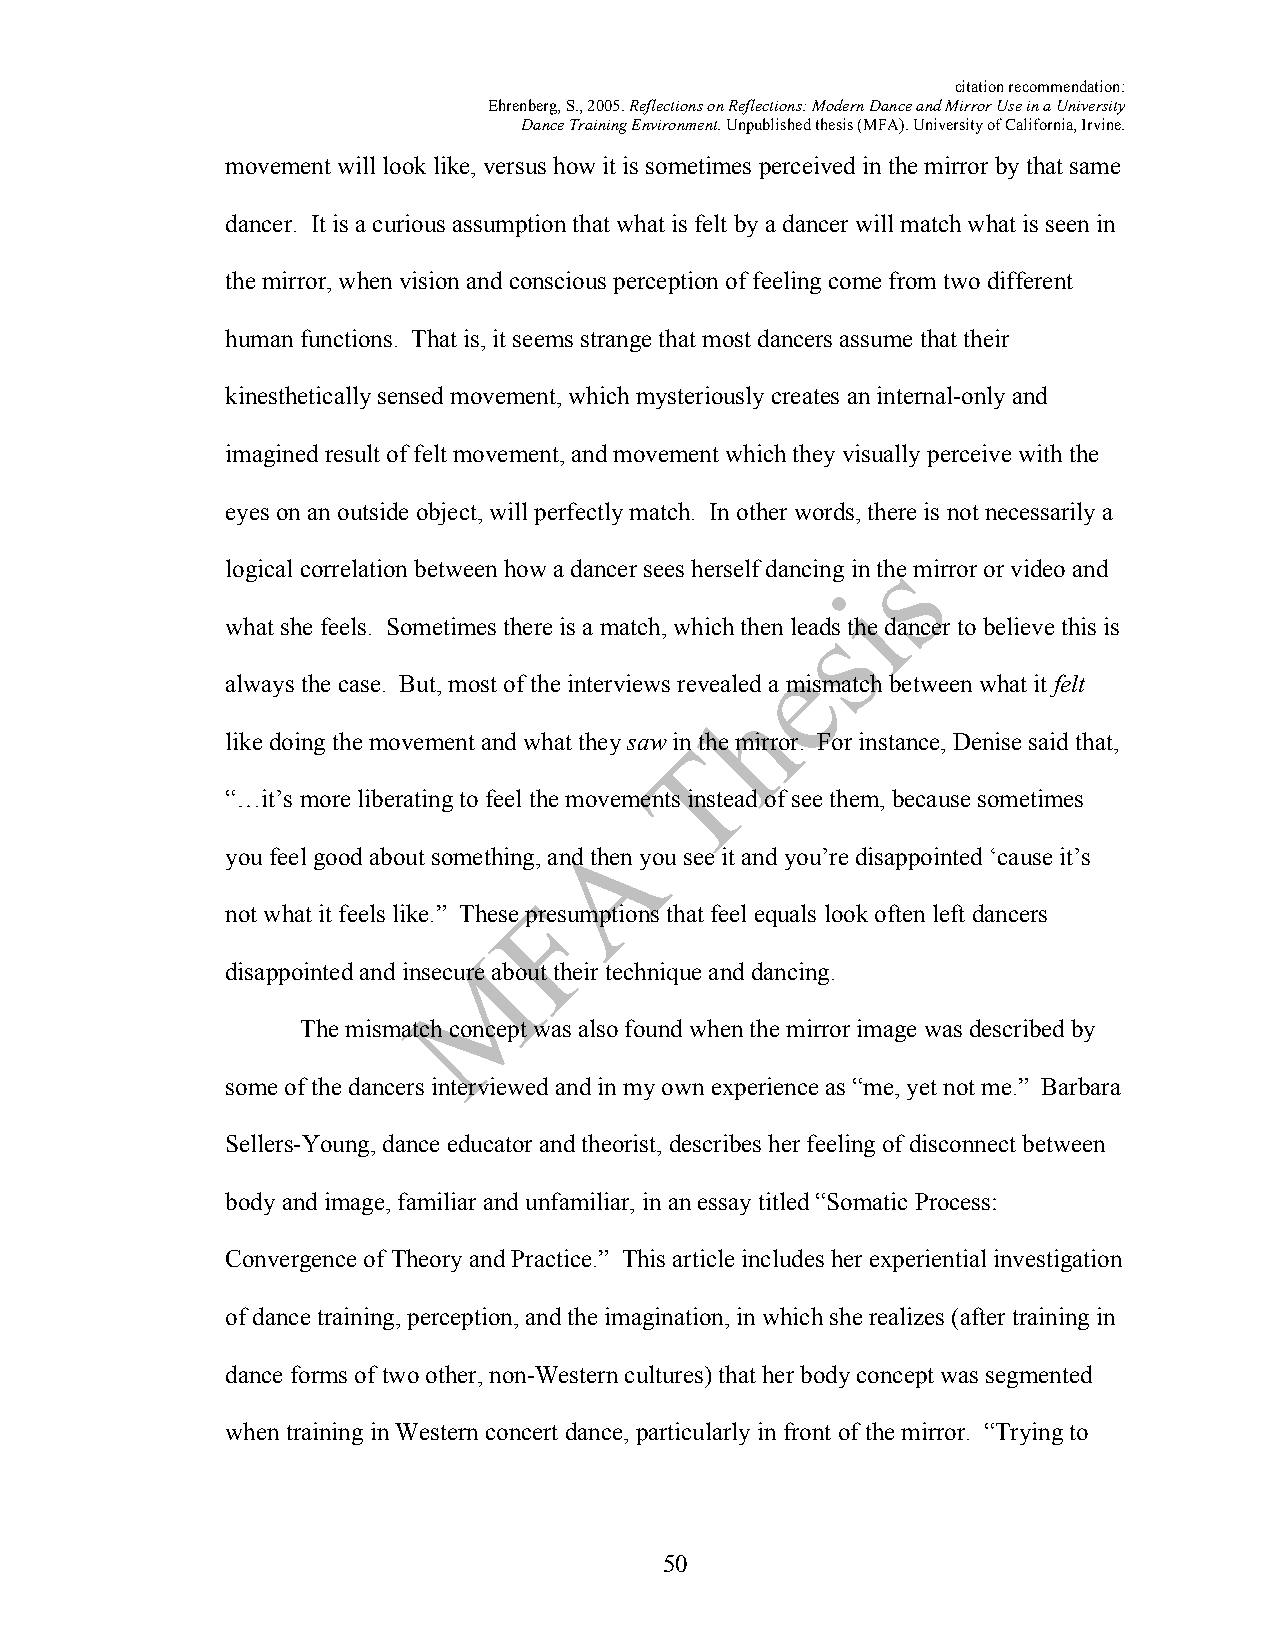
citation recommendation:
 Ehrenberg, S., 2005. Reflections on Reflections: Modern Dance and Mirror Use in a University
 Dance Training Environment. Unpublished thesis (MFA). University of California, Irvine.
 movement will look like, versus how it is sometimes perceived in the mirror by that same
 dancer. It is a curious assumption that what is felt by a dancer will match what is seen in
 the mirror, when vision and conscious perception of feeling come from two different
 human functions. That is, it seems strange that most dancers assume that their
 kinesthetically sensed movement, which mysteriously creates an internal-only and
 imagined result of felt movement, and movement which they visually perceive with the
 eyes on an outside object, will perfectly match. In other words, there is not necessarily a
 logical correlation between how a dancer sees herself dancing in the mirror or video and
 what she feels. Sometimes there is a match, which then leads the dancer to believe this is
 always the case. But, most of the interviews revealed a mismatch between what it felt
 like doing the movement and what they saw in the mirror. For instance, Denise said that,
 “…it’s more liberating to feel the movements instead of see them, because sometimes
 you feel good about something, and then you see it and you’re disappointed ‘cause it’s
 not what it feels like.” These presumptions that feel equals look often left dancers
 disappointed and insecure about their technique and dancing.
 The mismatch concept was also found when the mirror image was described by
 some of the dancers interviewed and in my own experience as “me, yet not me.” Barbara
 Sellers-Young, dance educator and theorist, describes her feeling of disconnect between
 body and image, familiar and unfamiliar, in an essay titled “Somatic Process:
 Convergence of Theory and Practice.” This article includes her experiential investigation
 of dance training, perception, and the imagination, in which she realizes (after training in
 dance forms of two other, non-Western cultures) that her body concept was segmented
 when training in Western concert dance, particularly in front of the mirror. “Trying to
 50